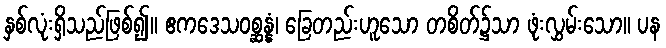
နှစ်လုံးရှိသည်ဖြစ်၍။ ဧကဒေသဝစ္ဆန္နံ၊ ခြေတည်းဟူသော တစိတ်၌သာ ဖုံးလွှမ်းသော။ ပန